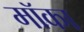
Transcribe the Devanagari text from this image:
मॉका